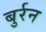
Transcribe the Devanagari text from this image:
बुर्रन